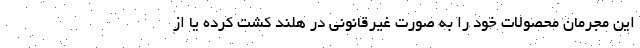
این مجرمان محصولات خود را به صورت غیرقانونی در هلند کشت کرده یا از